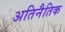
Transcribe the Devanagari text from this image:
अतिनैतिक